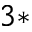
^ { 3 * }